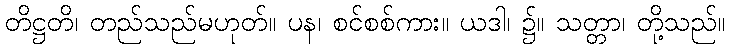
တိဋ္ဌတိ၊ တည်သည်မဟုတ်။ ပန၊ စင်စစ်ကား။ ယဒါ၊ ၌။ သတ္တာ၊ တို့သည်။